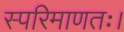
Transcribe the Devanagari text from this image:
स्परिमाणतः।